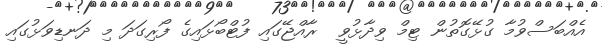
އެއްބަސްވުމާ ގުޅޭގޮތުން ޓިމް ވިދާޅުވީ  ރާއްޖޭގައި ފުޓްބޯޅައިގެ ފޯރިގަދަ މި ދަނޑިވަޅުގައި